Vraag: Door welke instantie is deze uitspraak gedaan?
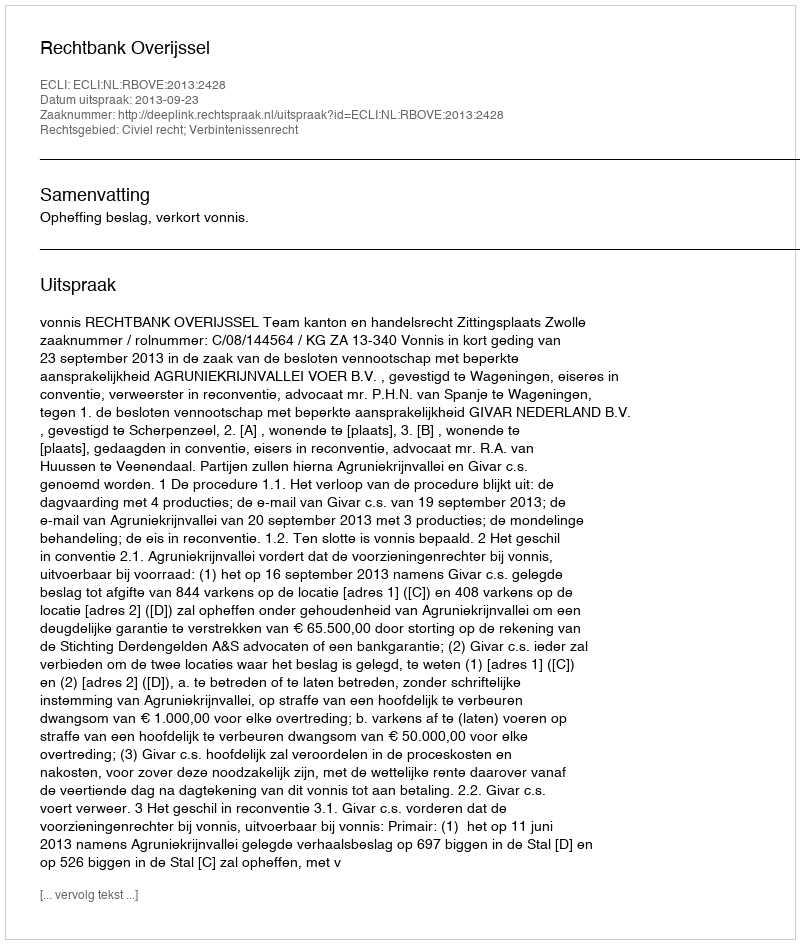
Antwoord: Rechtbank Overijssel